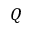
Q